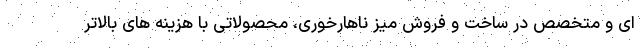
ای و متخصص در ساخت و فروش میز ناهارخوری، محصولاتی با هزینه های بالاتر